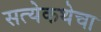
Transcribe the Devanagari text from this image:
सत्येकथेचा